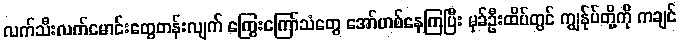
လက်သီးလက်မောင်းတွေတန်းလျက် ကြွေးကြော်သံတွေ အော်ဟစ်နေကြပြီး မုခ်ဦးထိပ်တွင် ကျွန်ုပ်တို့ကို ကချင်